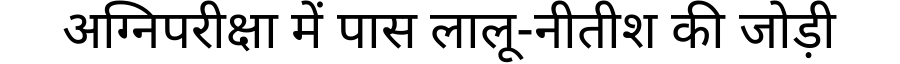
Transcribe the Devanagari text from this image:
अग्निपरीक्षा में पास लालू-नीतीश की जोड़ी